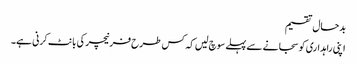
بدحال تقسیم
اپنی راہداری کو سجانے سے پہلے سوچ لیں کہ کس طرح فرنیچر کی بانٹ کرنی ہے۔